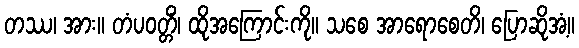
တဿ၊ အား။ တံပဝတ္တိံ၊ ထိုအကြောင်းကို။ သစေ အာရောစေတိ၊ ပြောဆိုအံ့။